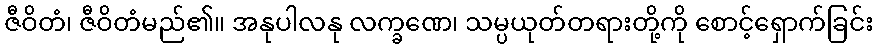
ဇီဝိတံ၊ ဇီဝိတံမည်၏။ အနုပါလနု လက္ခဏေ၊ သမ္ပယုတ်တရားတို့ကို စောင့်ရှောက်ခြင်း